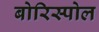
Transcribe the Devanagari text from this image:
बोरिस्पोल